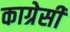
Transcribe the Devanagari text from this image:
काग्रेसी